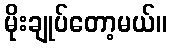
မိုးချုပ်တော့မယ်။